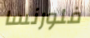
فلورنسا